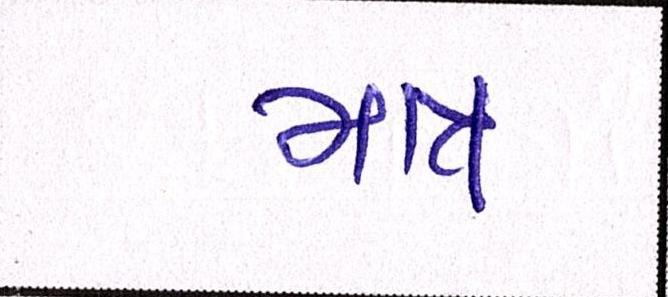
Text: માત્ર